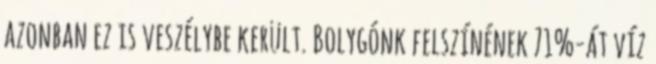
azonban ez is veszélybe került. Bolygónk felszínének 71%-át víz